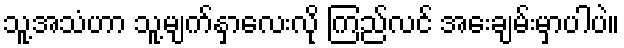
သူ့အသံဟာ သူ့မျက်နှာလေးလို ကြည်လင် အေးချမ်းမှာပါပဲ။